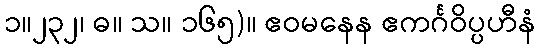
၁။၂၃၂၊ ဓ။ သ။ ၁၆၅)။ ဧဝမနေန ဧကင်္ဂဝိပ္ပဟီနံ